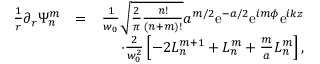
\begin{array} { r l r } { \frac { 1 } { r } \partial _ { r } \Psi _ { n } ^ { m } } & { = } & { \frac { 1 } { w _ { 0 } } \sqrt { \frac { 2 } { \pi } \frac { n ! } { ( n + m ) ! } } a ^ { m / 2 } \mathrm { e } ^ { - a / 2 } \mathrm { e } ^ { i m \phi } \mathrm { e } ^ { i k z } } \\ & { } & { \cdot \frac { 2 } { w _ { 0 } ^ { 2 } } \left[ - 2 L _ { n } ^ { m + 1 } + L _ { n } ^ { m } + \frac { m } { a } L _ { n } ^ { m } \right] , } \end{array}